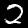
Label: 2